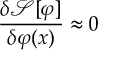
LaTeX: { \frac { \delta { \mathcal { S } } [ \varphi ] } { \delta \varphi ( x ) } } \approx 0